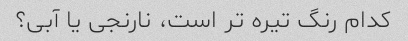
کدام رنگ تیره تر است، نارنجی یا آبی؟